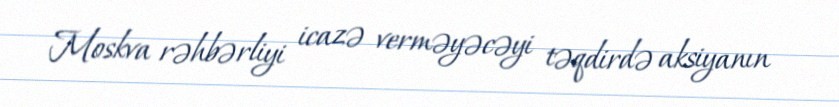
Moskva rəhbərliyi icazə verməyəcəyi təqdirdə aksiyanın